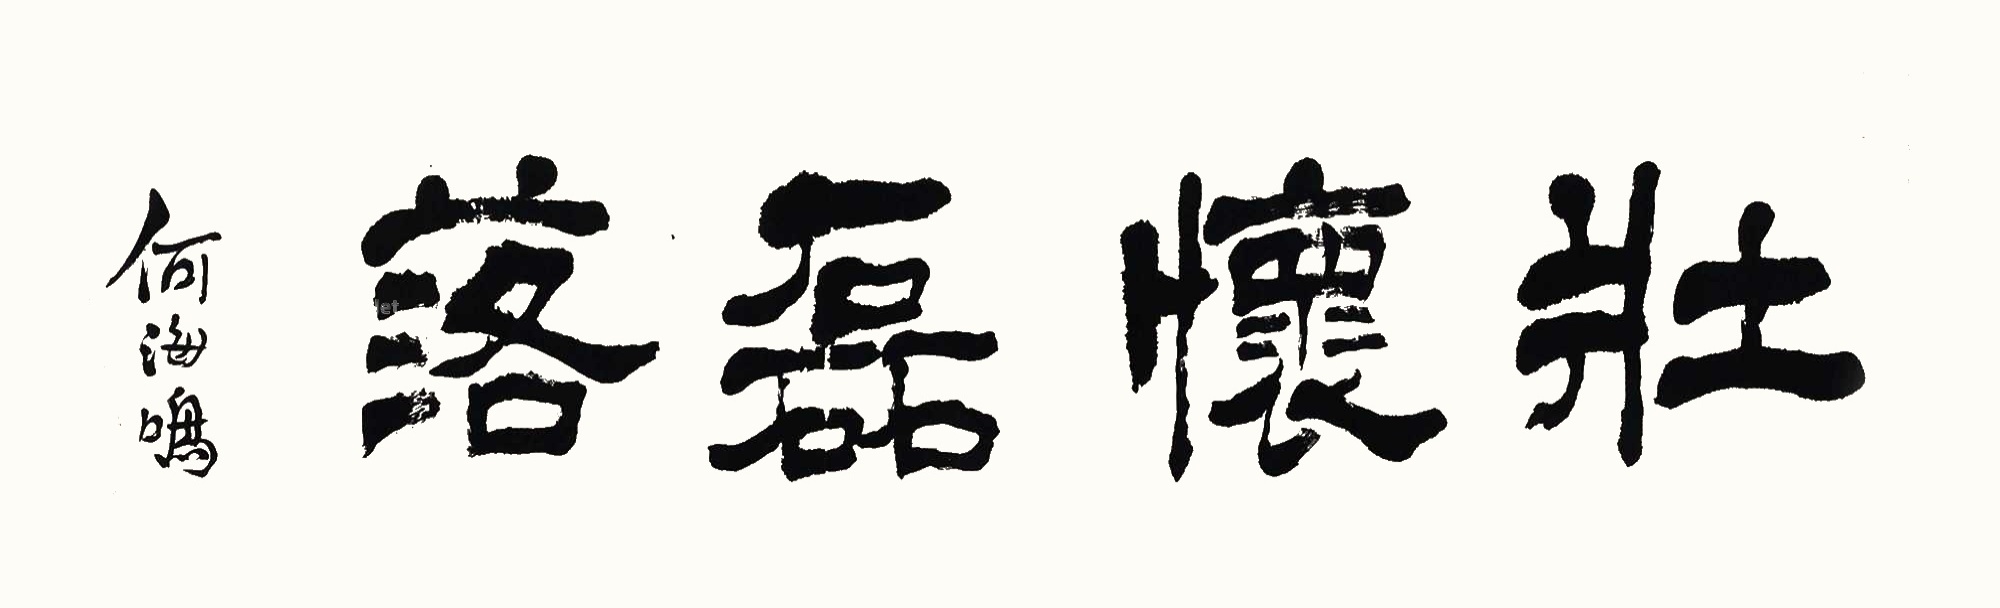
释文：壮怀磊落。何海鸣。